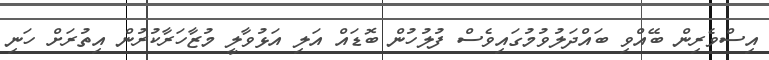
އިސްވެރިން ބޭއްވި ބައްދަލުވުމުގައިވެސް ފުލުހުން ބޮޑައް އަލި އަޅުވާލީ މުޒާހަރާކުރުން އިތުރަށް ހަނި